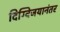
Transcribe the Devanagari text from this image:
दिग्विजयानंतर